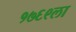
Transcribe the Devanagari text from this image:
१७६९ला